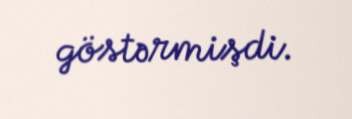
göstərmişdi.